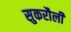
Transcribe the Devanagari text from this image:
सुकरौली